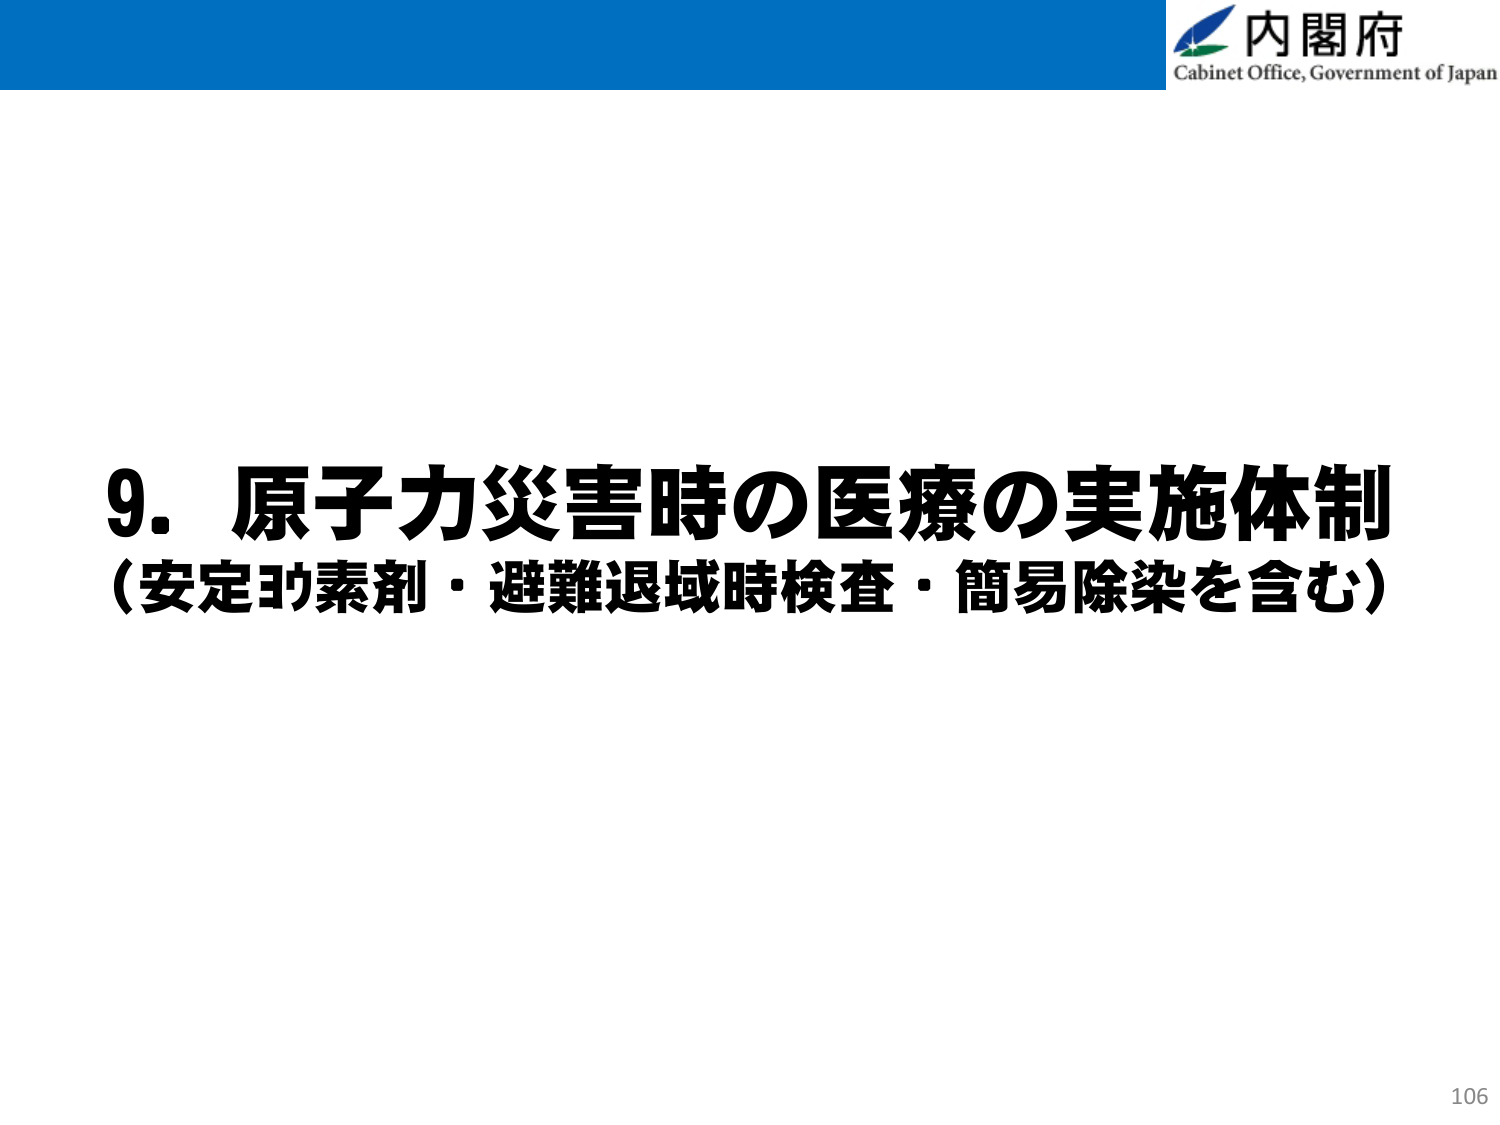
内閣府
Cabinet Office, Government of Japan

9. 原子力災害時の医療の実施体制
（安定ヨウ素剤・避難退域時検査・簡易除染を含む）

106